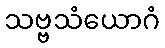
သဗ္ဗသံယောဂံ